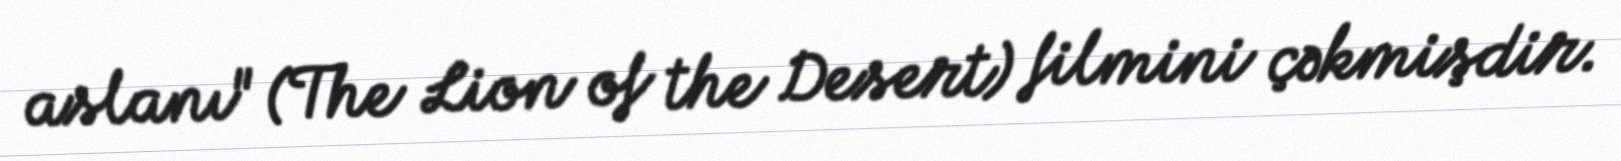
aslanı" (The Lion of the Desert) filmini çəkmişdir.